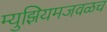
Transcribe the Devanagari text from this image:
म्युझियमजवळच